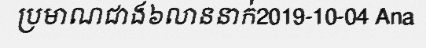
ប្រមាណជាង៦លាននាក់2019-10-04 Ana